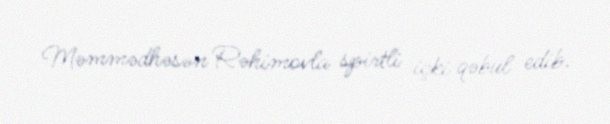
Məmmədhəsən Rəhimovla spirtli içki qəbul edib.